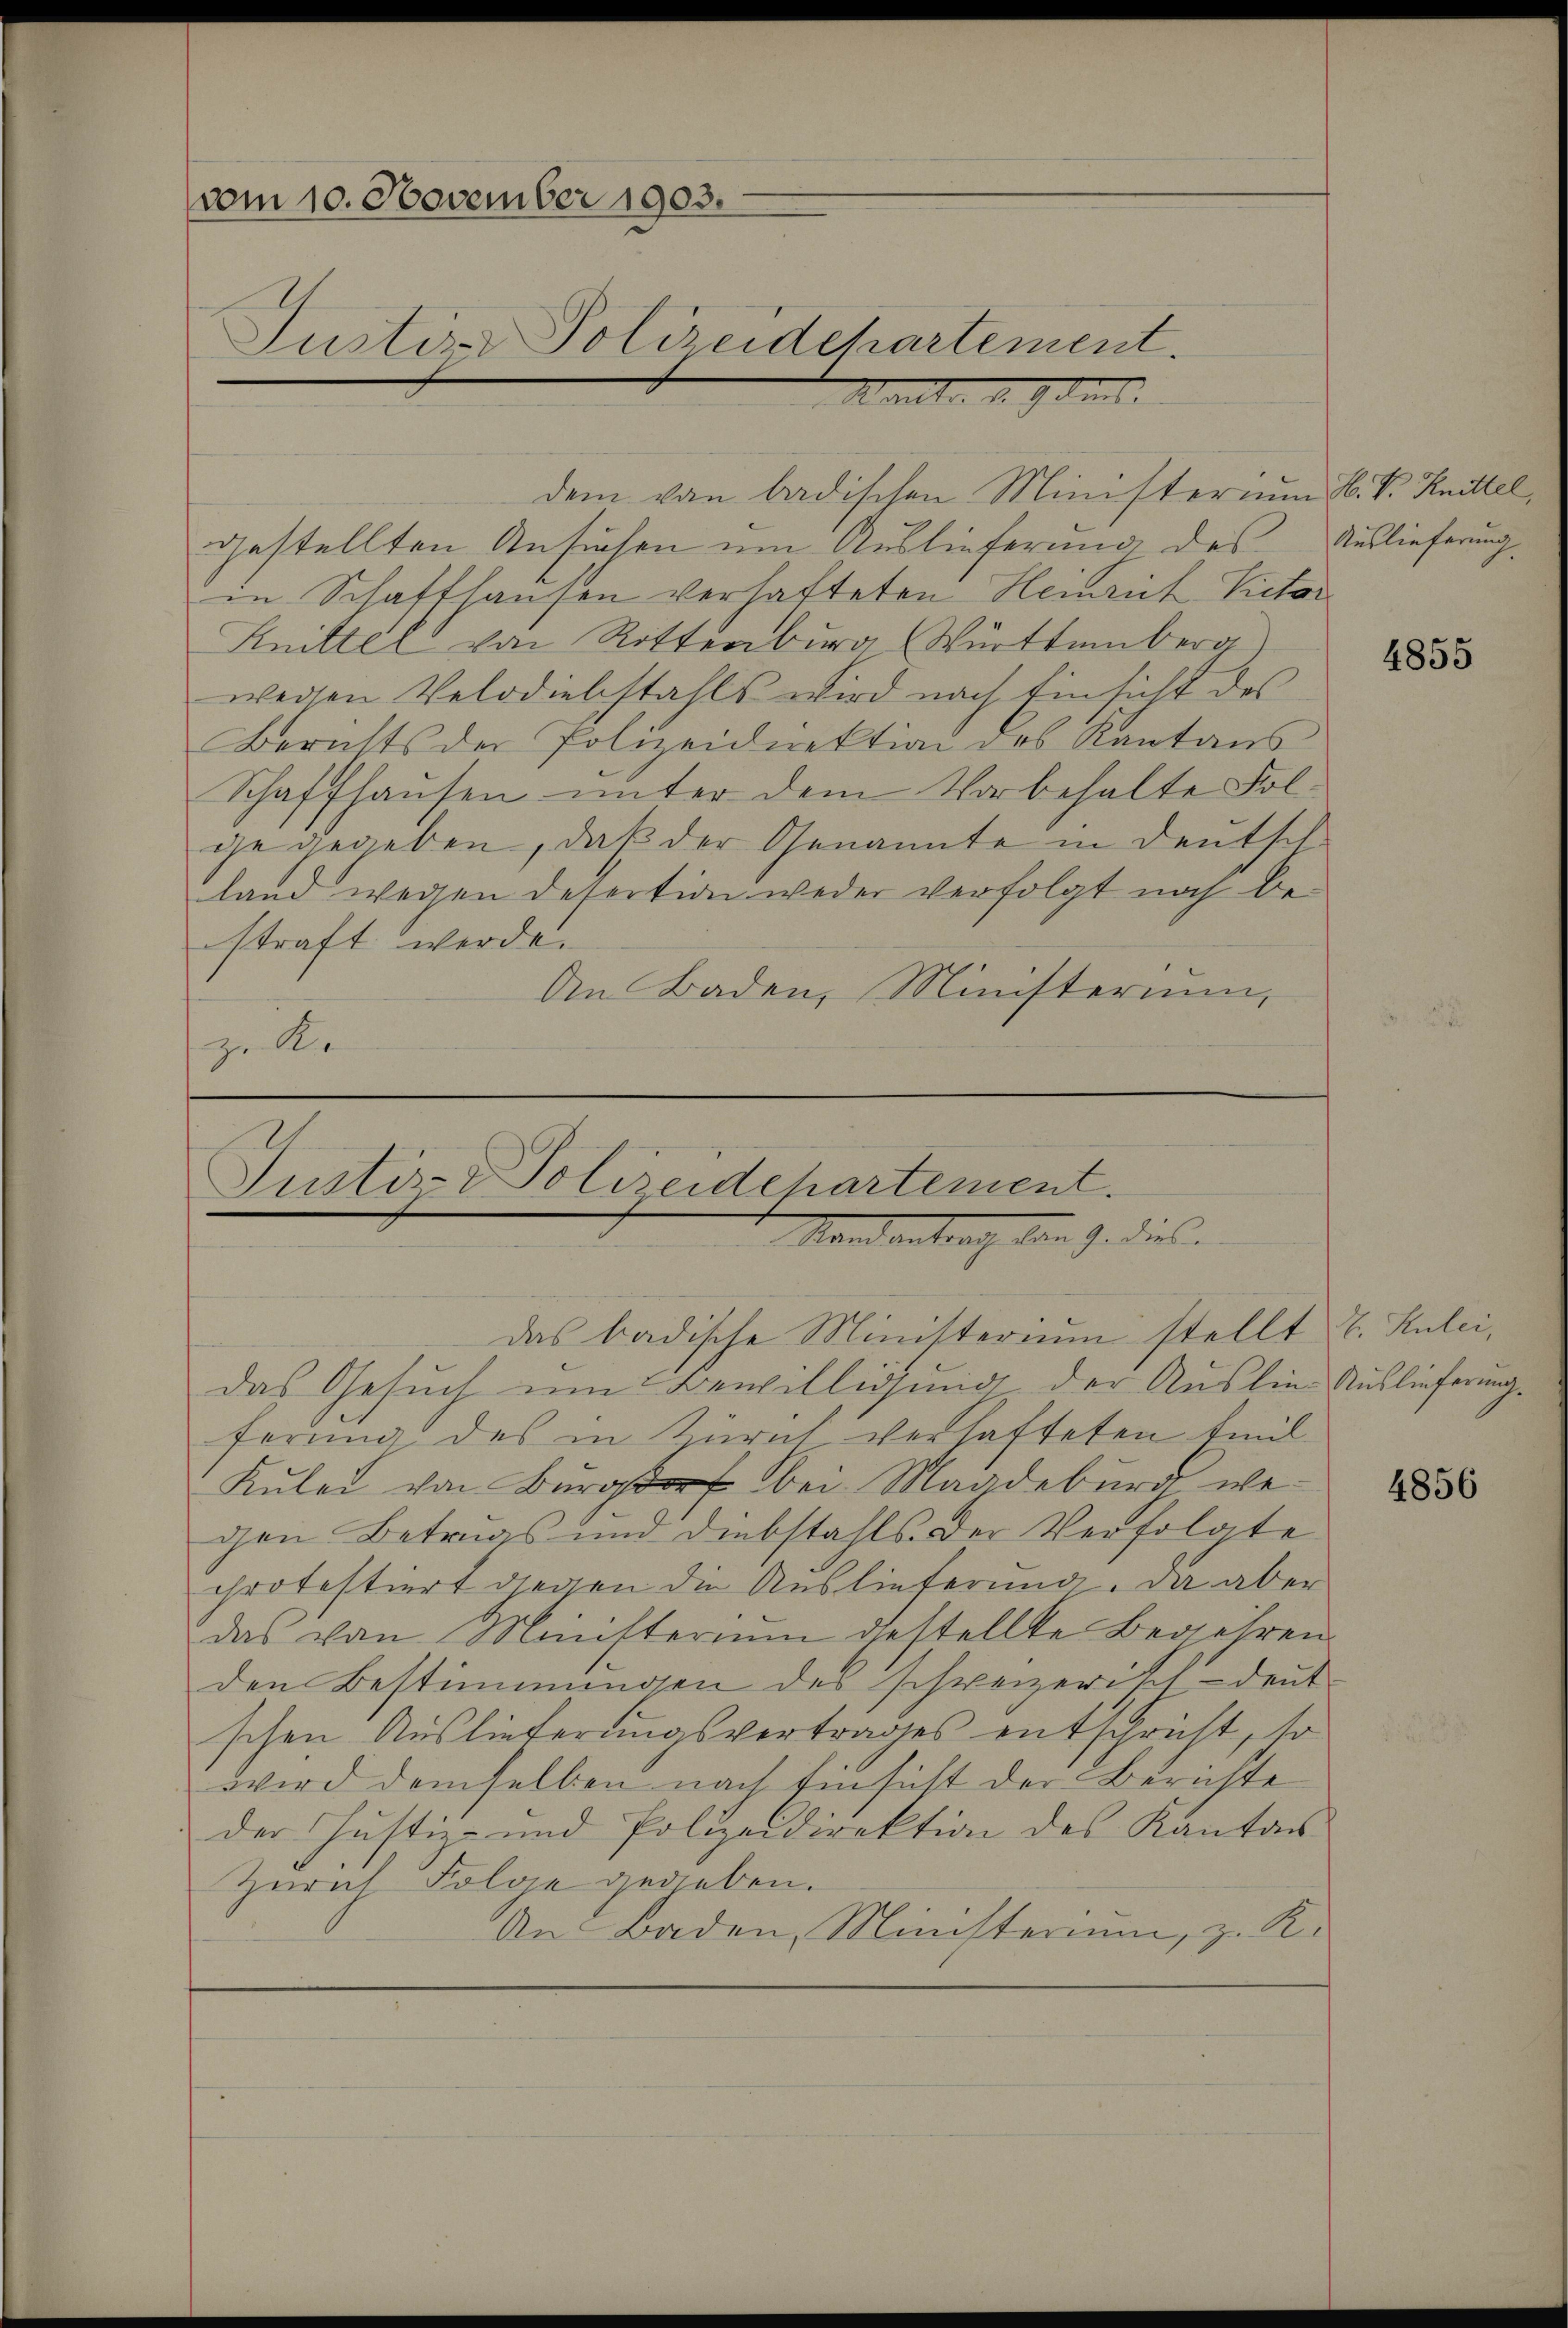
vom 10. November 1903.
Justiz- Polizeidchartement.
gen

gestellten Ansichen um Auslieferung des
in Schaffhausen verhafteten Heinrich Victor
Knittel von Rittenburg Württemberg)
wegen Velodiebstahls wird nach Einsicht des
Berichts der Polizeidirektion des Kantons
Schaffhausen unter dem Vorbehalte Folge gegeben, daß der Genannte in Deutsch
land wegen desertion weder verfolgt noch bestraft werde.
An Baden, Ministerium,
zu Ke

dem von badischen Ministerium H. V. Knittel,

Justiz- Polizeidchartement.
Mandantrach von J. dies
das badische Ministerium stellt u. Hulci,

das Gesuch um Bewilligung der Auslie Auslieferung
ferung des in Kürnt verhafteten Emil
Kuler von Burgdorf bei Magdeburg wegen Betrags und diebstahls. Der Verfolgte
protestiert gegen die Auslieferung. Da aber
das von Ministerium destellte Begehren
den Bestimmungen der schweizerisch-deut-
schen Auslieferungsvertrages entschricht, so
wird demselben nach Einsicht der Berichte
der Justiz- und Polizeidirektion des Kanton
Zürich Folge gegeben.
An Baden, Ministerium, z. R.

Auslieferung

4855

4856